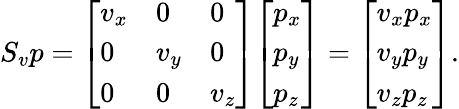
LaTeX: S_{v}p={\left[\begin{array}{lll}{v_{x}}&{0}&{0}\\ {0}&{v_{y}}&{0}\\ {0}&{0}&{v_{z}}\end{array}\right]}{\left[\begin{array}{l}{p_{x}}\\ {p_{y}}\\ {p_{z}}\end{array}\right]}={\left[\begin{array}{l}{v_{x}p_{x}}\\ {v_{y}p_{y}}\\ {v_{z}p_{z}}\end{array}\right]}.